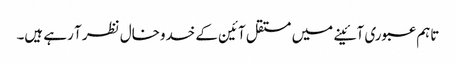
تاہم عبوری آئینے میں مستقل آئین کے خدوخال نظر آ رہے ہیں۔